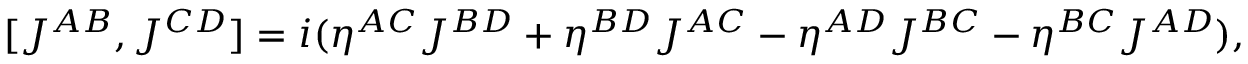
[ J ^ { A B } , J ^ { C D } ] = i ( \eta ^ { A C } J ^ { B D } + \eta ^ { B D } J ^ { A C } - \eta ^ { A D } J ^ { B C } - \eta ^ { B C } J ^ { A D } ) ,